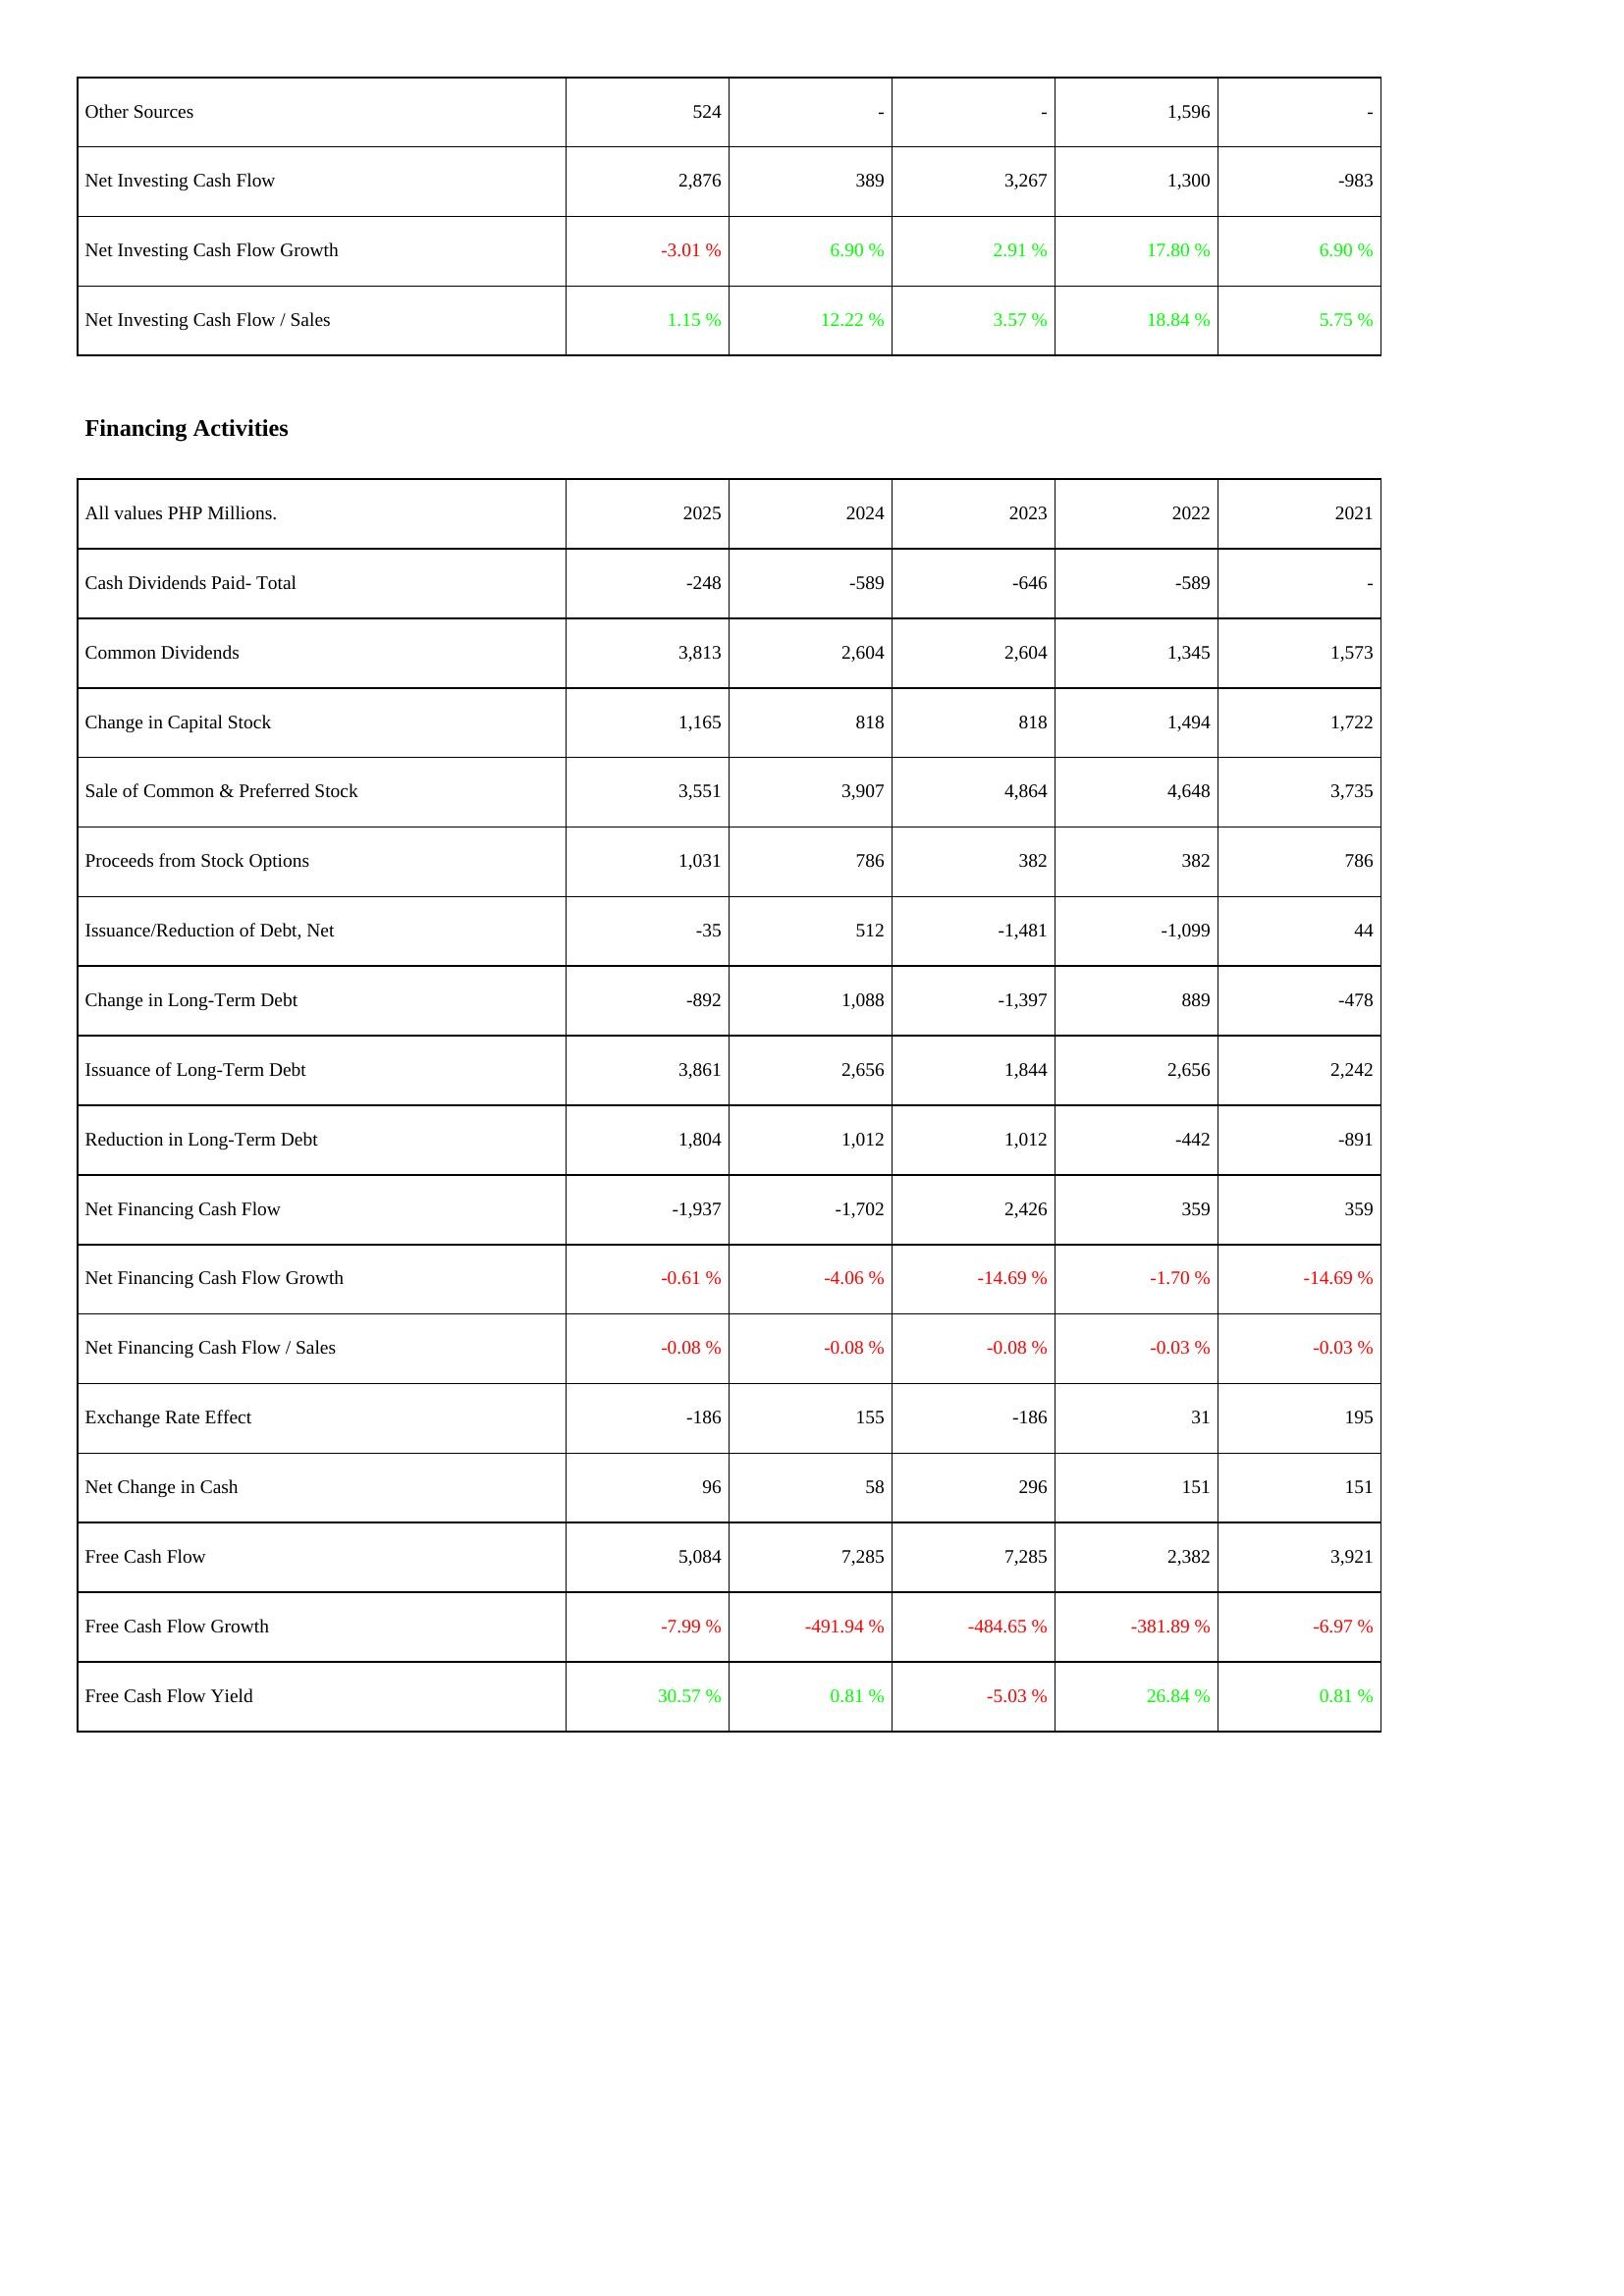
2025: Investing Activities: Other Sources: 524
Net Investing Cash Flow: 2,876
Net Investing Cash Flow Growth: -3.01 %
Net Investing Cash Flow / Sales: 1.15 %
Financing Activities: Cash Dividends Paid- Total: -248
Common Dividends: 3,813
Change in Capital Stock: 1,165
Sale of Common & Preferred Stock: 3,551
Proceeds from Stock Options: 1,031
Issuance/Reduction of Debt, Net: -35
Change in Long-Term Debt: -892
Issuance of Long-Term Debt: 3,861
Reduction in Long-Term Debt: 1,804
Net Financing Cash Flow: -1,937
Net Financing Cash Flow Growth: -0.61 %
Net Financing Cash Flow / Sales: -0.08 %
Exchange Rate Effect: -186
Net Change in Cash: 96
Free Cash Flow: 5,084
Free Cash Flow Growth: -7.99 %
Free Cash Flow Yield: 30.57 %
2024: Investing Activities: Other Sources: -
Net Investing Cash Flow: 389
Net Investing Cash Flow Growth: 6.90 %
Net Investing Cash Flow / Sales: 12.22 %
Financing Activities: Cash Dividends Paid- Total: -589
Common Dividends: 2,604
Change in Capital Stock: 818
Sale of Common & Preferred Stock: 3,907
Proceeds from Stock Options: 786
Issuance/Reduction of Debt, Net: 512
Change in Long-Term Debt: 1,088
Issuance of Long-Term Debt: 2,656
Reduction in Long-Term Debt: 1,012
Net Financing Cash Flow: -1,702
Net Financing Cash Flow Growth: -4.06 %
Net Financing Cash Flow / Sales: -0.08 %
Exchange Rate Effect: 155
Net Change in Cash: 58
Free Cash Flow: 7,285
Free Cash Flow Growth: -491.94 %
Free Cash Flow Yield: 0.81 %
2023: Investing Activities: Other Sources: -
Net Investing Cash Flow: 3,267
Net Investing Cash Flow Growth: 2.91 %
Net Investing Cash Flow / Sales: 3.57 %
Financing Activities: Cash Dividends Paid- Total: -646
Common Dividends: 2,604
Change in Capital Stock: 818
Sale of Common & Preferred Stock: 4,864
Proceeds from Stock Options: 382
Issuance/Reduction of Debt, Net: -1,481
Change in Long-Term Debt: -1,397
Issuance of Long-Term Debt: 1,844
Reduction in Long-Term Debt: 1,012
Net Financing Cash Flow: 2,426
Net Financing Cash Flow Growth: -14.69 %
Net Financing Cash Flow / Sales: -0.08 %
Exchange Rate Effect: -186
Net Change in Cash: 296
Free Cash Flow: 7,285
Free Cash Flow Growth: -484.65 %
Free Cash Flow Yield: -5.03 %
2022: Investing Activities: Other Sources: 1,596
Net Investing Cash Flow: 1,300
Net Investing Cash Flow Growth: 17.80 %
Net Investing Cash Flow / Sales: 18.84 %
Financing Activities: Cash Dividends Paid- Total: -589
Common Dividends: 1,345
Change in Capital Stock: 1,494
Sale of Common & Preferred Stock: 4,648
Proceeds from Stock Options: 382
Issuance/Reduction of Debt, Net: -1,099
Change in Long-Term Debt: 889
Issuance of Long-Term Debt: 2,656
Reduction in Long-Term Debt: -442
Net Financing Cash Flow: 359
Net Financing Cash Flow Growth: -1.70 %
Net Financing Cash Flow / Sales: -0.03 %
Exchange Rate Effect: 31
Net Change in Cash: 151
Free Cash Flow: 2,382
Free Cash Flow Growth: -381.89 %
Free Cash Flow Yield: 26.84 %
2021: Investing Activities: Other Sources: -
Net Investing Cash Flow: -983
Net Investing Cash Flow Growth: 6.90 %
Net Investing Cash Flow / Sales: 5.75 %
Financing Activities: Cash Dividends Paid- Total: -
Common Dividends: 1,573
Change in Capital Stock: 1,722
Sale of Common & Preferred Stock: 3,735
Proceeds from Stock Options: 786
Issuance/Reduction of Debt, Net: 44
Change in Long-Term Debt: -478
Issuance of Long-Term Debt: 2,242
Reduction in Long-Term Debt: -891
Net Financing Cash Flow: 359
Net Financing Cash Flow Growth: -14.69 %
Net Financing Cash Flow / Sales: -0.03 %
Exchange Rate Effect: 195
Net Change in Cash: 151
Free Cash Flow: 3,921
Free Cash Flow Growth: -6.97 %
Free Cash Flow Yield: 0.81 %